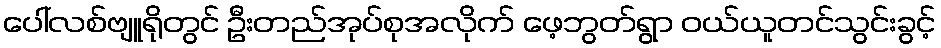
ပေါ်လစ်ဗျူရိုတွင် ဦးတည်အုပ်စုအလိုက် ဖေ့ဘွတ်ရွာ ဝယ်ယူတင်သွင်းခွင့်